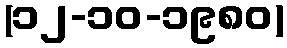
(၁၂-၁၀-၁၉၈၀)